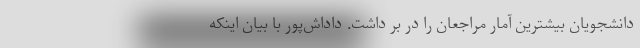
دانشجویان بیشترین آمار مراجعان را در بر داشت. داداش‌پور با بیان اینکه